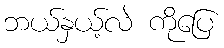
ဘယ်နှယ့်လဲ ကိုပြေ